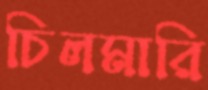
চিলমারি